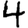
Digit: 4